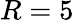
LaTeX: R=5